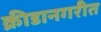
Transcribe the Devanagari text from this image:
क्रीडानगरीत